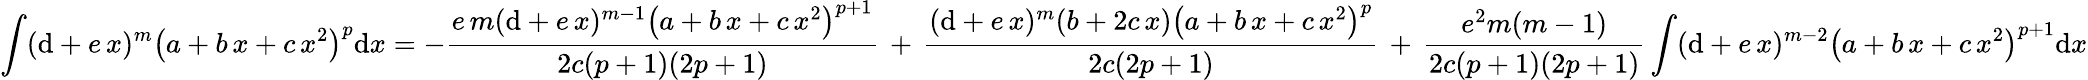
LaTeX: \int(\mathrm{d}+e\, x)^{m}\left(a+b\, x+c\, x^{2}\right)^{p}\mathrm{d}x=-{\frac{{e\, m(\mathrm{d}+e\, x)^{m-1}\left(a+b\, x+c\, x^{2}\right)^{p+1}}}{{2c(p+1)(2p+1)}}}\, +\, {\frac{{(\mathrm{d}+e\, x)^{m}(b+2c\, x)\left(a+b\, x+c\, x^{2}\right)^{p}}}{{2c(2p+1)}}}\, +\, {\frac{{e^{2}m(m-1)}}{{2c(p+1)(2p+1)}}}\int(\mathrm{d}+e\, x)^{m-2}\left(a+b\, x+c\, x^{2}\right)^{p+1}\mathrm{d}x